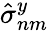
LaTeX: \hat{\sigma}_{nm}^{y}